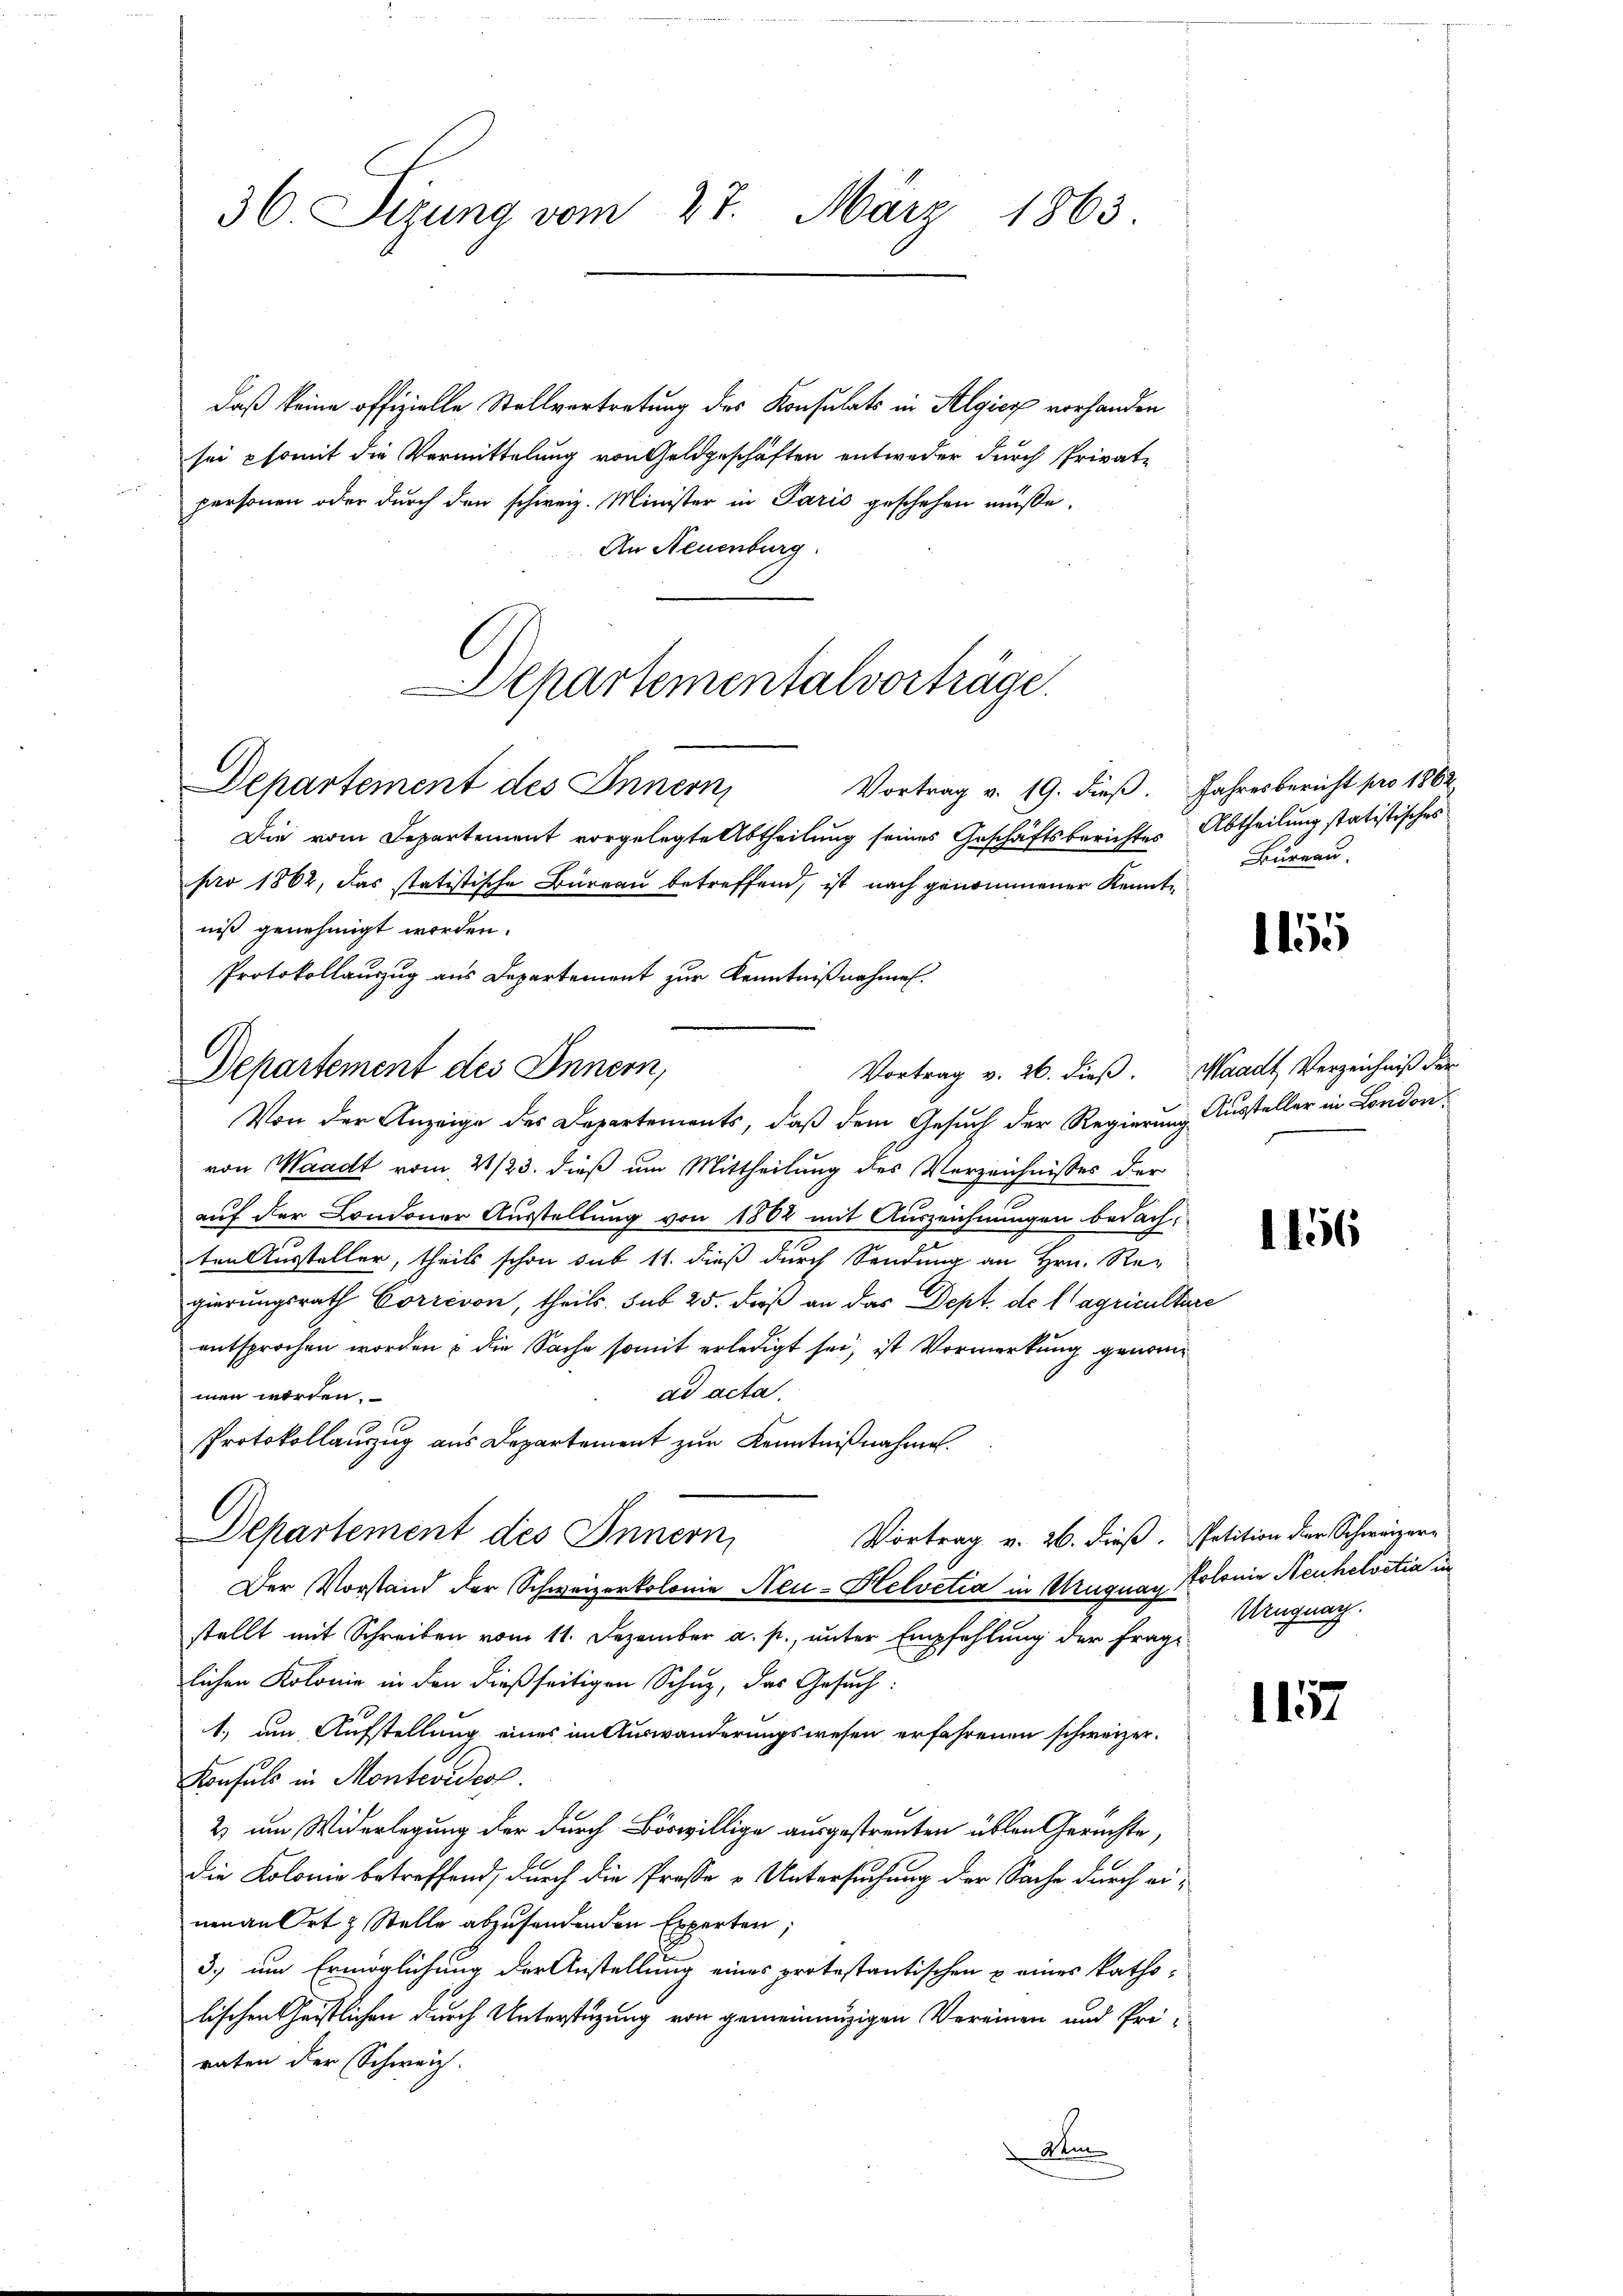
36. Sizung vom 27. März 1863.

daß keine offizielle Stellvertretung des Konsulats in Algier vorhanden
sei somit die Vormittelung von Geldgeschäften entweder durch Private
personen oder durch den schweiz. Minister in Paris geschehen müße.
An Neuenburg.
Departementalvorträge.

Departement des Innern,

Vortrag v. 19. dieß. Jahresbericht pro 1862
Die vom Departement vorgelegte Abtheilung seines Geschäftsberichtes Abtheilung statistisches
pro 1862, das statistische Büreau betreffend, ist nach genommener Kenntniß genehmigt worden.
Protokollauszug aus Departement zur Kenntnißnahmen.
Vortrag v. 26. dieß. Waadt, Verzeichniß der
Von der Anzeige des Departements, daß dem Gesuch der Regierung Aussteller in London
von Waadt vom 21/23. dieß um Mittheilung des Verzeichnisses der
auf der Londoner Ausstellung von 1802 mit Auszeichnungen bedachten Aussteller, theils schon sub 11. dieß durch Sendung an Hrn. Re-
gierungsrath Correron, theils. sub 25. dieß an das Dept. de l’agriculture
entsprochen worden & die Sache somit erledigt sei, ist Vormerkung genom
ad acta.
men worden.
Protokollauszug aus Departement zur Kenntnißnahme.
Departement des Innern,
Vortrag v. 26. dieß. Petition der Schweizer-
Der Vorstand der Schweizerkolonie Neu-Helvetia in Muguay Kolonie Neuhelvetia in
stellt mit Schreiben vom 11. Dezember a. p., unter Empfehlung der Frage
lichen Kolonie in den dießseitigen Schuz, das Gesuch:
1.) um Aufstellung eines im Auswanderungswesen erfahrenen schweizer¬
Konsuls in Montevideol.
2 um Widerlegung der durch Böswillige ausgestreuten üblen Gerichte,
die Kolonie betreffend, durch die Prosse & Untersuchung der Sache durch einenan Ort & Stelle abzusendenden Experten,
3., um Ermöglichung der Anstellung eines protestantischen & eines katholischen Christlichen durch Unterstüzung von gemeinnüzigen Vereinen und Priraten der Schweiz.
Dem

Departement des Innern,

Bureau.

1155

1156

Uruguag.

1157